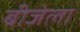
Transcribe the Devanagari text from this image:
बीजेला